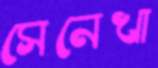
সেনেখা